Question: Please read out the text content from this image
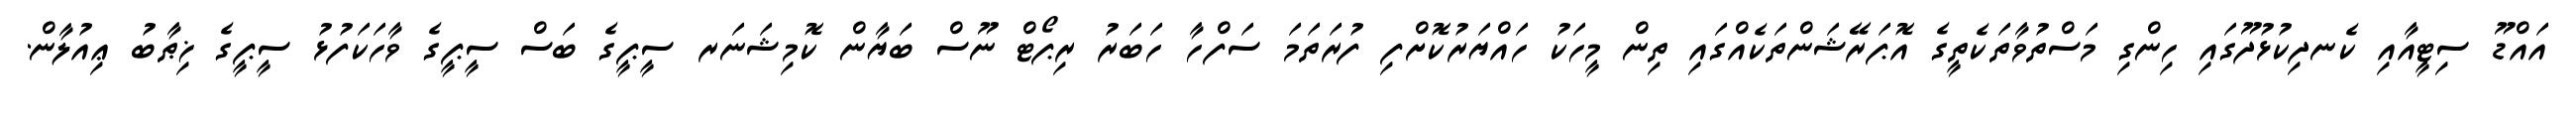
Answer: އައްޑޫ ސިޓީއާއި ކެނދިކުޅުދޫގައި ހިންގި މަސްތުވާތަކެތީގެ އޮޕަރޭޝަންތަކެއްގައި ތިން މީހަކު ހައްޔަރުކޮށްފި ފުރަތަމަ ސަފްހާ ހަބަރު ރިޕޯޓް ނޫސް ބަޔާން ކޮމިޝަނަރ ސީޕީގެ ބަސް ސީޕީގެ ވާހަކަފުޅު ސީޕީގެ ޚިޠާބު ޢިއުލާން.